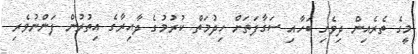
މީގެ ތެރެއިން ދިވެހި ބަހާއި ސަގާފަތަަށް ހިދުމަތް ކުރުމުގެ ދާއިރާގެ އިތުރުން ފަންނުވެރި